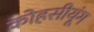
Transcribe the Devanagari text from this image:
कोहसीयूंग